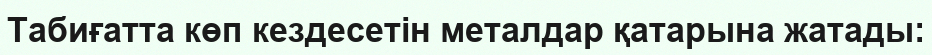
Табиғатта көп кездесетін металдар қатарына жатады: